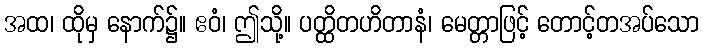
အထ၊ ထိုမှ နောက်၌။ ဧဝံ၊ ဤသို့။ ပတ္ထိတဟိတာနံ၊ မေတ္တာဖြင့် တောင့်တအပ်သော